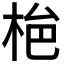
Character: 𭩾